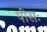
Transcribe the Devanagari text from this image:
पीसः